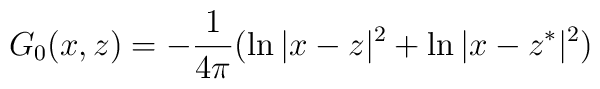
G_0(x,z)=-\frac 1{4\pi} (\ln |x-z|^2 + \ln |x-z^*|^2 )